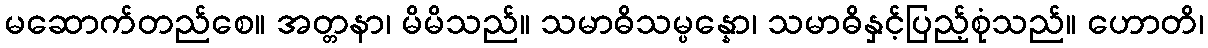
မဆောက်တည်စေ။ အတ္တနာ၊ မိမိသည်။ သမာဓိသမ္ပန္နော၊ သမာဓိနှင့်ပြည့်စုံသည်။ ဟောတိ၊